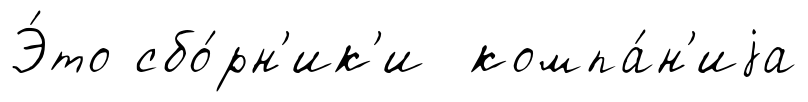
Э́то сбо́рн'ик'и компа́н'иjа